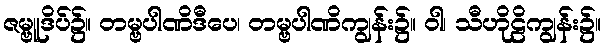
ဇမ္ဗူဒိပ်၌။ တမ္ဗပါဏိဒီပေ၊ တမ္ဗပါဏိကျွန်း၌။ ဝါ၊ သီဟိုဠိကျွန်း၌။